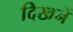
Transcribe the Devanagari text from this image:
दिखनें